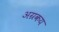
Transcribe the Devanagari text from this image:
अग्रकय